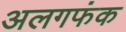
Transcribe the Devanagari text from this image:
अलगफंक